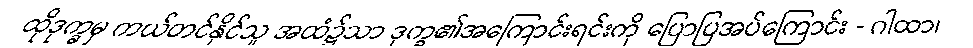
ထိုဒုက္ခမှ ကယ်တင်နိုင်သူ အထံ၌သာ ဒုက္ခ၏အကြောင်းရင်းကို ပြောပြအပ်ကြောင်း - ဂါထာ၊